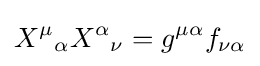
X^{\mu }{}_{\alpha }X^{\alpha }{}_{\nu }=g^{\mu \alpha }f_{\nu \alpha }